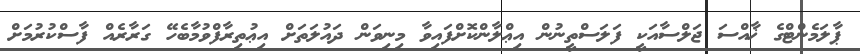
ޕާލަމެންޓްގެ ޚާއްސަ ޖަލްސާއަކީ ފަލަސްތީނުން އިޢްލާންކޮށްފައިވާ މިނިވަން ދައުލަތަށް އިޢުތިރާފްވުމާބެހޭ ގަރާރެއް ފާސްކުރުމަށް